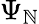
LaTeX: \Psi_{\mathbb{N}}